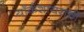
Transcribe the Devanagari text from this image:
यॉर्कशायराची